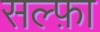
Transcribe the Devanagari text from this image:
सल्फ़ा